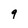
Character: g